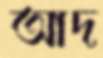
আদ